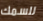
للسمك